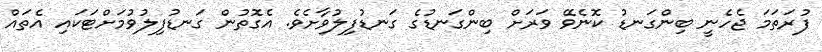
ފުރަތަމަ ޖެހެނީ ބިންގަނޑު ކޮނެވޭ ވަރަށް ބިންގަނޑުގެ ގަނޑުފިލުވާށެވެ. އެގޮތުން ގަނޑުފިލުވުމަށްޓަކައި އެތައް